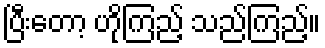
ပြီးတော့ ဟိုကြည့် သည်ကြည့်။